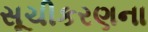
સૂચીકરણના